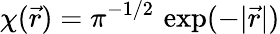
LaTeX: \chi(\vec{r})=\pi^{-1/2}\, \exp(-|\vec{r}|)